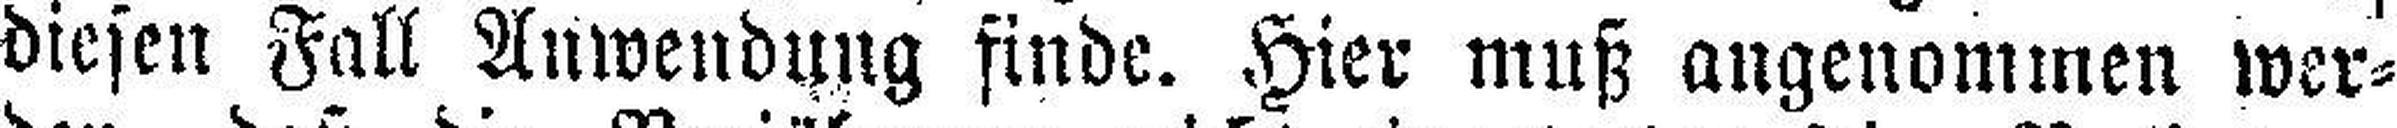
diesen Fall Anwendung finde. Hier muß angenommen wer¬